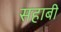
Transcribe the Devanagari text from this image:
सहाबी